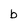
Character: b